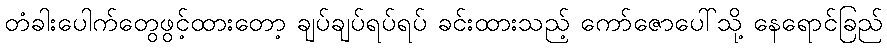
တံခါးပေါက်တွေဖွင့်ထားတော့ ချပ်ချပ်ရပ်ရပ် ခင်းထားသည့် ကော်ဇောပေါ်သို့ နေရောင်ခြည်